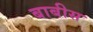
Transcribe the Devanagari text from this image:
बाबीस